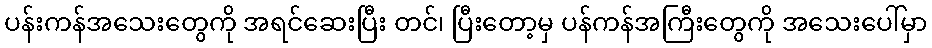
ပန်းကန်အသေးတွေကို အရင်ဆေးပြီး တင်၊ ပြီးတော့မှ ပန်ကန်အကြီးတွေကို အသေးပေါ်မှာ